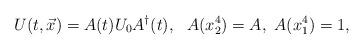
LaTeX: \begin{align*}U(t,\vec{x}) = A(t) U_0 A^\dagger(t),\ \ A(x_2^4)=A,\ A(x_1^4)=1, \end{align*}